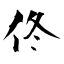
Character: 佟